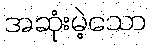
အဆုံးမဲ့သော